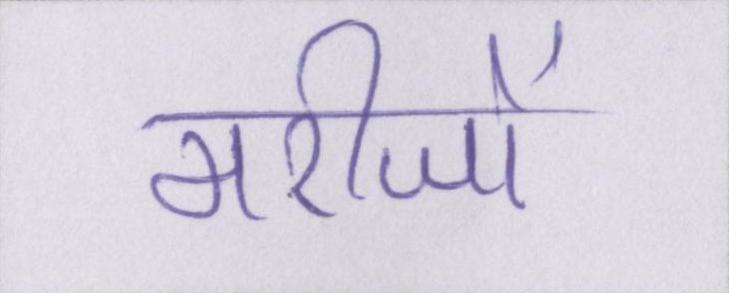
मरीजों